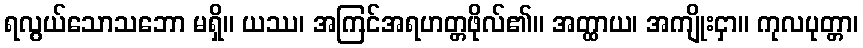
ရလွယ်သောသဘော မရှိ။ ယဿ၊ အကြင်အရဟတ္တဖိုလ်၏။ အတ္ထာယ၊ အကျိုးငှာ။ ကုလပုတ္တာ၊